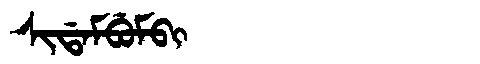
Manchu: ᠰᡳᡩᠠᠮᠪᡠᠮᠪᡳ
Romanization: SIDAMBUMBI